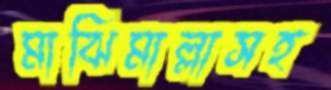
মাঝিমাল্লাসহ